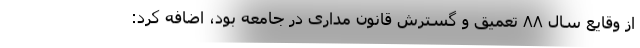
از وقایع سال ۸۸ تعمیق و گسترش قانون مداری در جامعه بود، اضافه کرد: